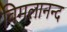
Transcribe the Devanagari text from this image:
विमलानन्द